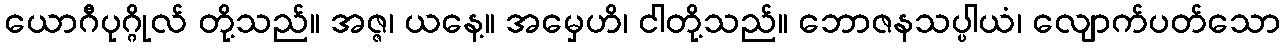
ယောဂီပုဂ္ဂိုလ် တို့သည်။ အဇ္ဇ၊ ယနေ့။ အမှေဟိ၊ ငါတို့သည်။ ဘောဇနသပ္ပါယံ၊ လျောက်ပတ်သော